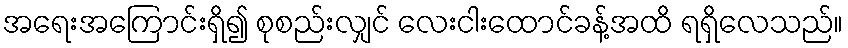
အရေးအကြောင်းရှိ၍ စုစည်းလျှင် လေးငါးထောင်ခန့်အထိ ရရှိလေသည်။